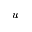
u